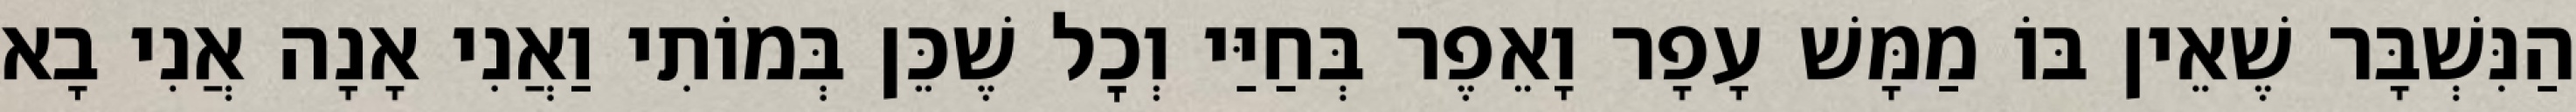
הַנִּשְׁבָּר שֶׁאֵין בּוֹ מַמָּשׁ עָפָר וָאֵפֶר בְּחַיַּי וְכׇל שֶׁכֵּן בְּמוֹתִי וַאֲנִי אָנָה אֲנִי בָא